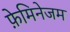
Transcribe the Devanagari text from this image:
फ़ेमिनेजम